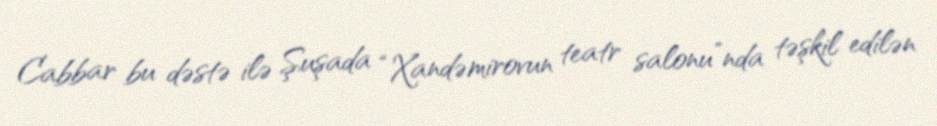
Cabbar bu dəstə ilə Şuşada “Xandəmirovun teatr salonu”nda təşkil edilən